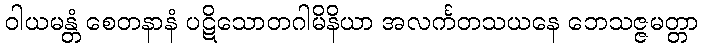
ဝါယမန္တံ စေတနာနံ ပဋိသောတဂါမိနိယာ အလင်္ကတသယနေ ဘေသဇ္ဇမတ္တာ